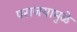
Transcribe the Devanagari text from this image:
पराजयामुळे